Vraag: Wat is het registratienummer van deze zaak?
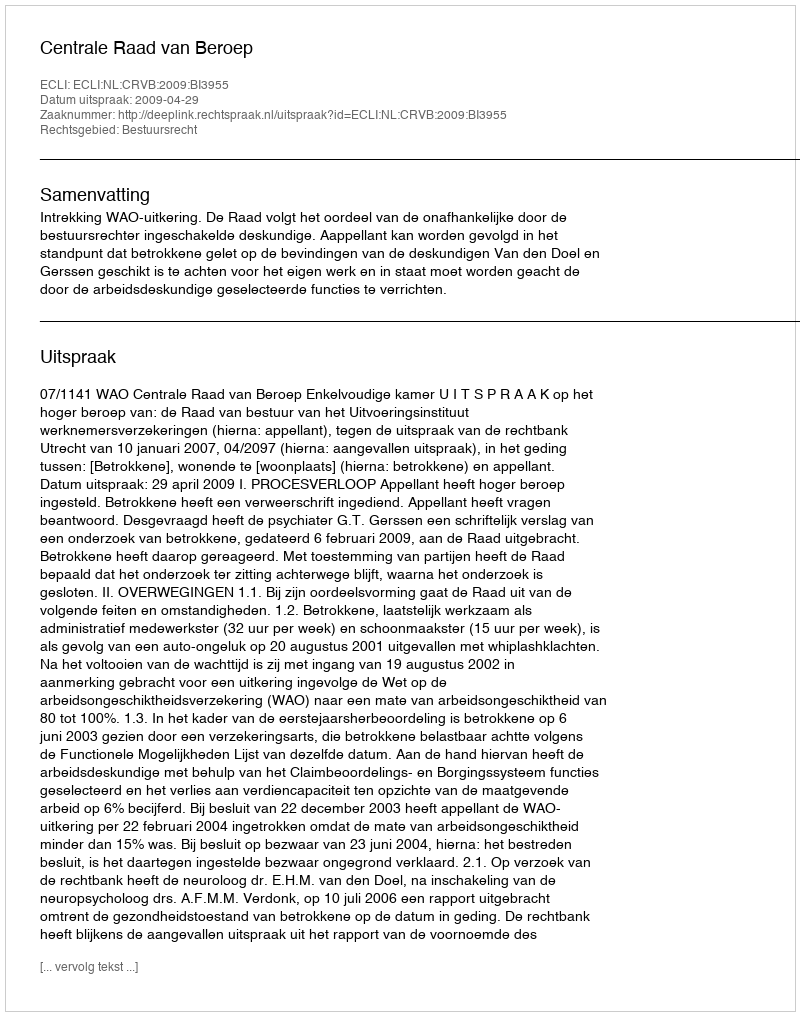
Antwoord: http://deeplink.rechtspraak.nl/uitspraak?id=ECLI:NL:CRVB:2009:BI3955